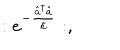
: e ^ { - \frac { { \hat { a } } ^ { \dagger } \hat { a } } { \hbar } } : ,